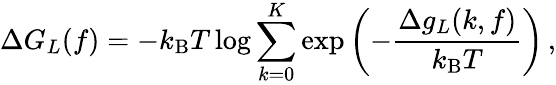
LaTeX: \Delta G_{L}(f)=-k_{\mathrm{B}}T\log\sum_{k=0}^{K}\exp\left(-\frac{\Delta g_{L}(k,f)}{k_{\mathrm{B}}T}\right)\, ,